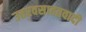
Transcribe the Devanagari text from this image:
उत्तरवसाहतवादी